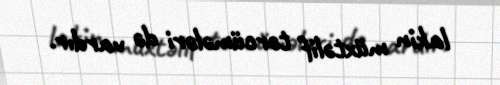
lakin müxtəlif tərcümələri də vardır.